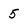
Character: 5